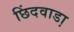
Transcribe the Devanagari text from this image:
छिंदवाडा़